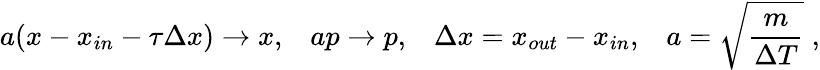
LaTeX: a(x-x_{in}-\tau\Delta x)\rightarrow x,\; \; \; ap\rightarrow p,\; \; \; \Delta x=x_{out}-x_{in},\; \; \; a=\sqrt{\frac{m}{\Delta T}}\; ,